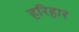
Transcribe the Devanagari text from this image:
हरिहार